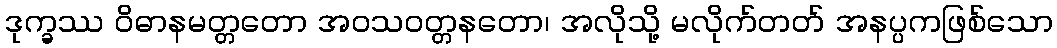
ဒုက္ခဿ ဝိဓာနမတ္တတော အဝသဝတ္တနတော၊ အလိုသို့ မလိုက်တတ် အနပ္ပကဖြစ်သော